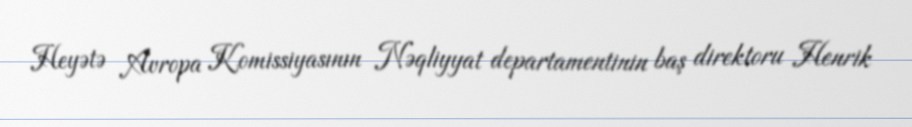
Heyətə Avropa Komissiyasının Nəqliyyat departamentinin baş direktoru Henrik